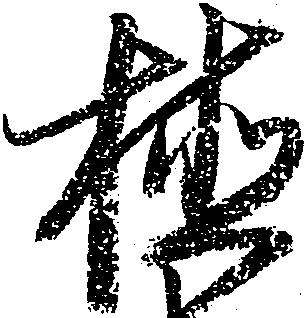
植